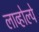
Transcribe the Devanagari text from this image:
लाव्होल्पे